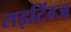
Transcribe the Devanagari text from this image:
राइटिंग्ज